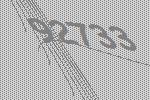
92733